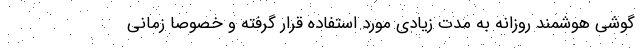
گوشی هوشمند روزانه به مدت زیادی مورد استفاده قرار گرفته و خصوصا زمانی